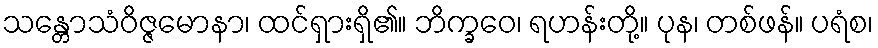
သန္တောသံဝိဇ္ဇမောနာ၊ ထင်ရှားရှိ၏။ ဘိက္ခဝေ၊ ရဟန်းတို့။ ပုန၊ တစ်ဖန်။ ပရံစ၊